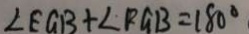
\angle E G B + \angle P G B = 1 8 0 ^ { \circ }